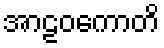
အာဠဝကောတိ